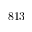
8 1 3